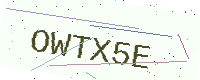
Text: OWTX5E